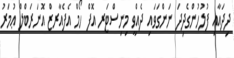
ދިދައާއި ފުލުހުންގެދިދަ ނަންގަވައި ދެއްވީ މިނިސްޓަރ އޮފް ހޯމް އެފެއާރޒް އޮނަރަބްލް ޢުމަރު